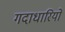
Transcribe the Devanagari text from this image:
गदाधारियों